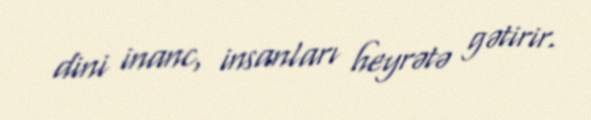
dini inanc, insanları heyrətə gətirir.